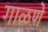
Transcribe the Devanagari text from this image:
गाळणे